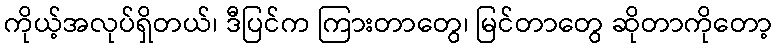
ကိုယ့်အလုပ်ရှိတယ်၊ ဒီပြင်က ကြားတာတွေ၊ မြင်တာတွေ ဆိုတာကိုတော့